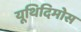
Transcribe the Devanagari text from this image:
यूथिदिमोस